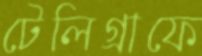
টেলিগ্রাফে